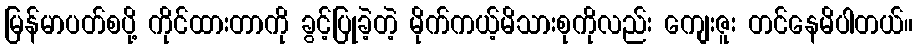
မြန်မာပတ်စပို့ ကိုင်ထားတာကို ခွင့်ပြုခဲ့တဲ့ မိုက်ကယ့်မိသားစုကိုလည်း ကျေးဇူး တင်နေမိပါတယ်။